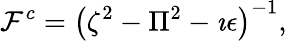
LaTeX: {\cal F}^{c}=\left(\zeta^{2}-\Pi^{2}-\imath\epsilon\right)^{-1},